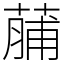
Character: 䔕